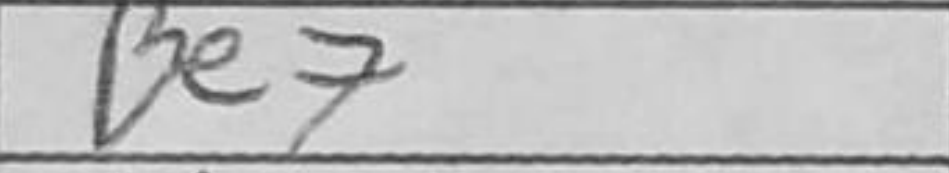
Transcription: Be7